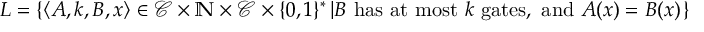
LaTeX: L = \left\{ \langle A , k , B , x \rangle \in { \mathcal { C } } \times \mathbb { N } \times { \mathcal { C } } \times \{ 0 , 1 \} ^ { * } \left| B { \mathrm { ~ h a s ~ a t ~ m o s t ~ } } k { \mathrm { ~ g a t e s , ~ a n d ~ } } A ( x ) = B ( x ) \right. \right\}